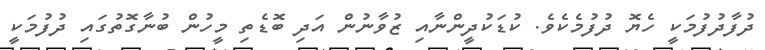
ދުފާދުފުމަކީ ހެޔޮ ދުފުމެކެވެ. ކުޑަކުދީންނާއި ޒުވާނުން އަދި ބޮޑެތި މީހުން ބުނާގޮތުގައި ދުފުމަކީ